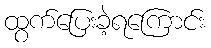
ထွက်ပြေးခဲ့ရကြောင်း